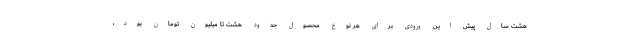
هشت سال پیش این ورودی برای هر نوع محصول حدود هشت تا میلیون تومان بود،